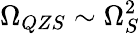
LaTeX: \Omega_{QZS}\sim\Omega_{S}^{2}